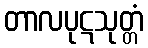
တာလပုဋသုတ္တံ